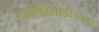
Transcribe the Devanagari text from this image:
परिषदेसाठीच्यता